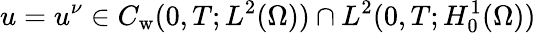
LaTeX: u=u^{\nu}\in C_{\mathrm w}(0,T;L^{2}(\Omega))\cap L^{2}(0,T;H_{0}^{1}(\Omega))